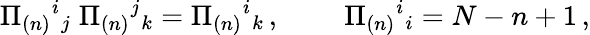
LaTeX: \Pi_{(n)}{}^{i}{}_{j}\; \Pi_{(n)}{}^{j}{}_{k}=\Pi_{(n)}{}^{i}{}_{k}\, ,\; \; \; \; \; \; \; \; \Pi_{(n)}{}^{i}{}_{i}=N-n+1\, ,